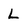
Character: L